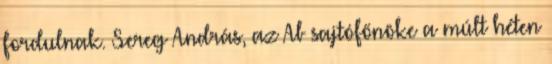
fordulnak. Sereg András, az Ab sajtófőnöke a múlt héten